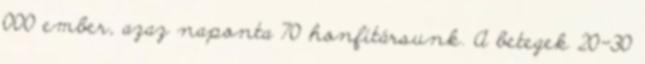
000 ember, azaz naponta 70 honfitársunk. A betegek 20-30